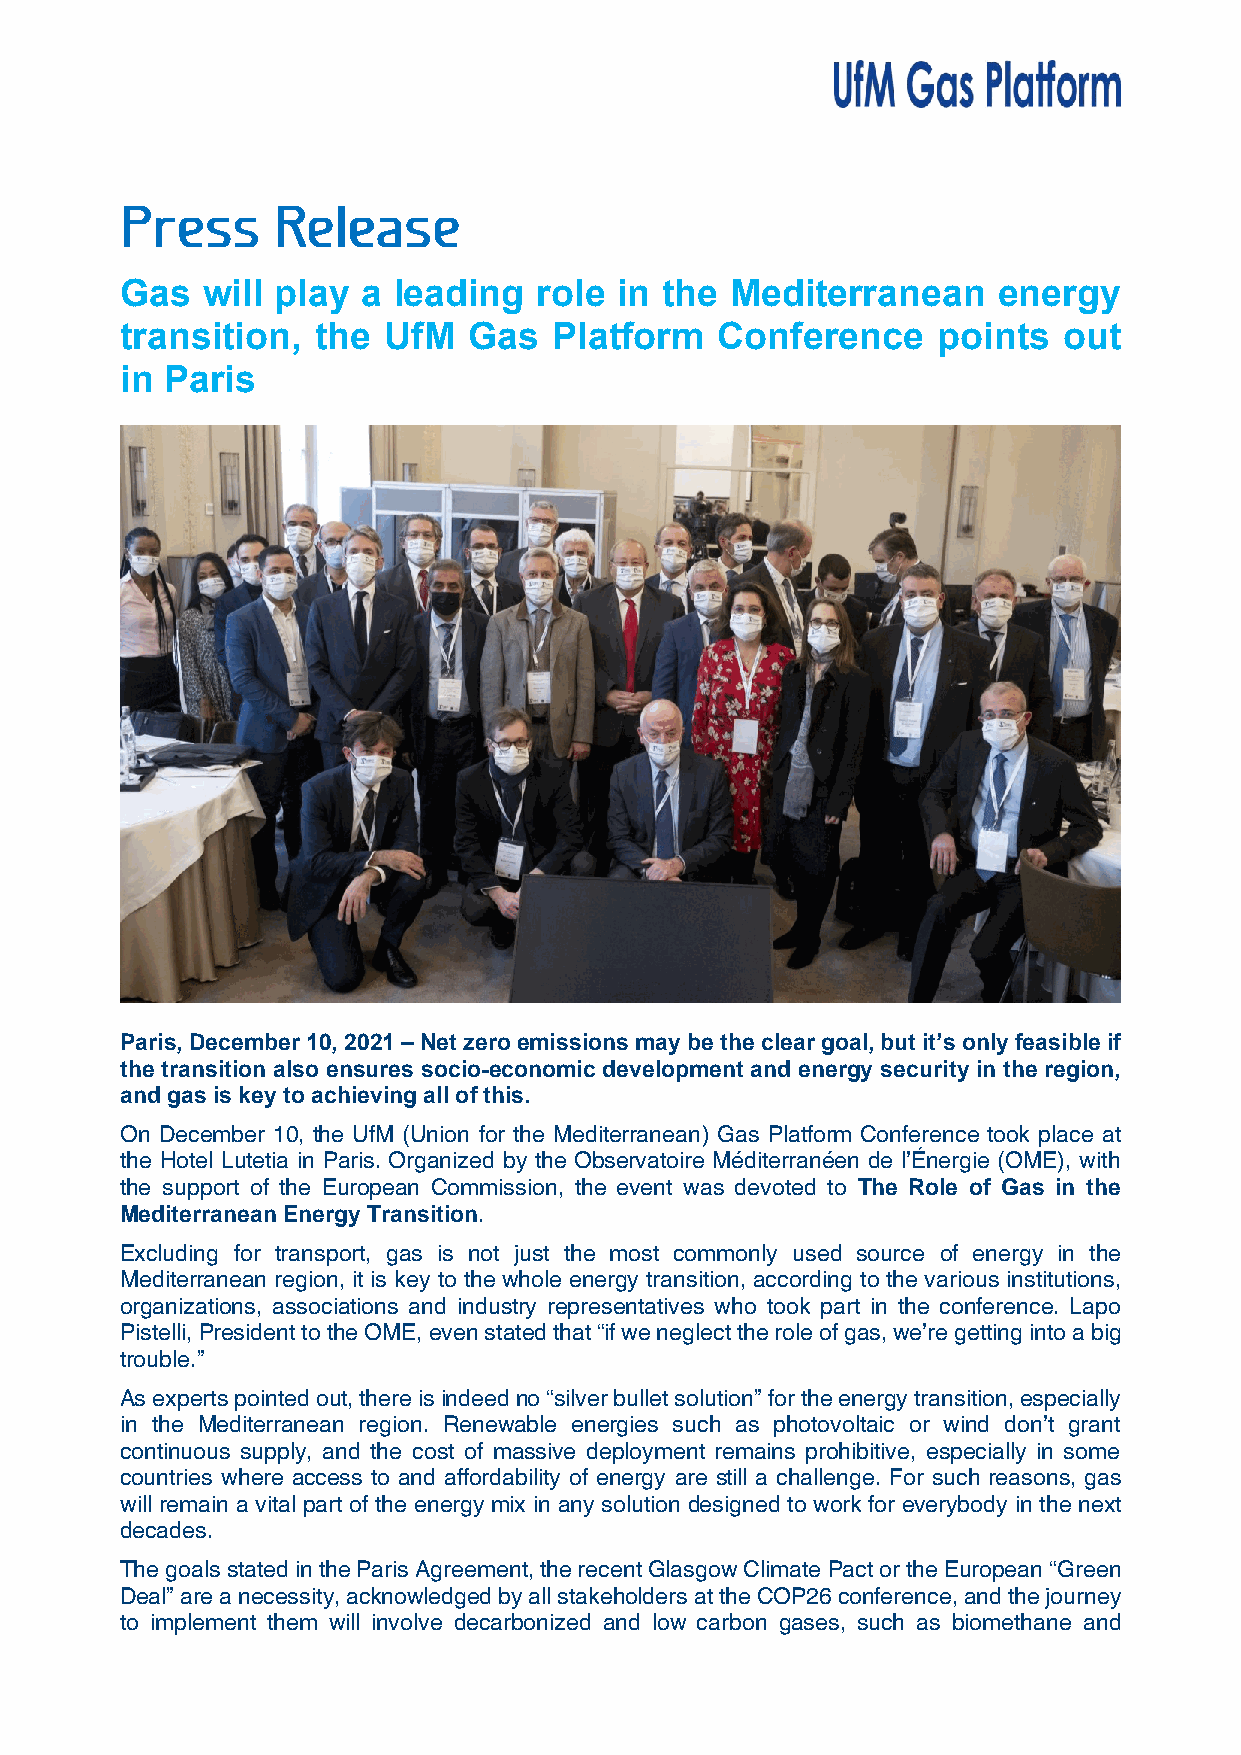
Gas  will play  a leading   role in the Mediterranean     energy
 transition,  the UfM   Gas   Platform  Conference     points  out
 in Paris
 Paris, December 10, 2021 – Net zero emissions may be the clear goal, but it’s only feasible if
 the transition also ensures socio-economic development and energy security in the region,
 and gas is key to achieving all of this.
 On December 10, the UfM (Union for the Mediterranean) Gas Platform Conference took place at
 the Hotel Lutetia in Paris. Organized by the Observatoire Méditerranéen de l’Énergie (OME), with
 the support of the European Commission, the event was devoted to The Role of Gas in the
 Mediterranean Energy Transition.
 Excluding for transport, gas is not just the most commonly used source of energy in the
 Mediterranean region, it is key to the whole energy transition, according to the various institutions,
 organizations, associations and industry representatives who took part in the conference. Lapo
 Pistelli, President to the OME, even stated that “if we neglect the role of gas, we’re getting into a big
 trouble.”
 As experts pointed out, there is indeed no “silver bullet solution” for the energy transition, especially
 in the Mediterranean region. Renewable energies such as photovoltaic or wind don’t grant
 continuous supply, and the cost of massive deployment remains prohibitive, especially in some
 countries where access to and affordability of energy are still a challenge. For such reasons, gas
 will remain a vital part of the energy mix in any solution designed to work for everybody in the next
 decades.
 The goals stated in the Paris Agreement, the recent Glasgow Climate Pact or the European “Green
 Deal” are a necessity, acknowledged by all stakeholders at the COP26 conference, and the journey
 to implement them will involve decarbonized and low carbon gases, such as biomethane and